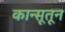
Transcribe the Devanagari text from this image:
कान्सूतून